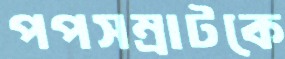
পপসম্রাটকে